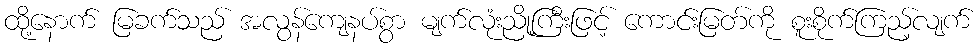
ထို့နောက် မြခက်သည် အလွန်ကျေနပ်စွာ မျက်လုံးညို့ကြီးဖြင့် ကောင်းမြတ်ကို စူးစိုက်ကြည့်လျက်